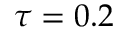
\tau = 0 . 2